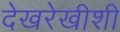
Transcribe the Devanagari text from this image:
देखरेखीशी